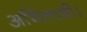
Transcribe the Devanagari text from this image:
अभिलाषी।